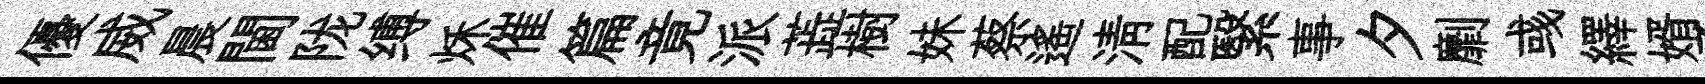
優威晨閫陇缚秌催篇竟派蕋樹妹蔡遥淸配繄事夕劘彧繹婿承